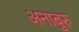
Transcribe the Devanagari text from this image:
अनाबुरु